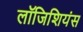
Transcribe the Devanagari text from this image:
लॉजिशियंस